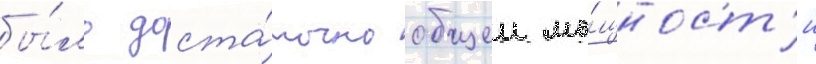
бы́ло доста́точно общеи мо́щност'и